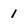
Character: 1